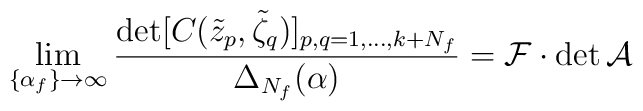
\lim_{\{\alpha_f\}\to\infty}  \frac{\det[C(\tilde z_p,\tilde \zeta_q)]_{p,q=1,\dots,k+N_f}}  {\Delta_{N_f}(\alpha)} = \mathcal{F}\cdot\det\mathcal{A}